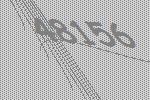
48156